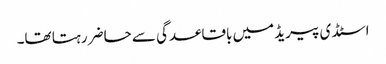
اسٹڈی پیریڈ میں باقاعدگی سے حاضر رہتا تھا۔